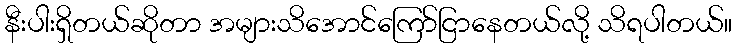
နီးပါးရှိတယ်ဆိုတာ အများသိအောင်ကြော်ငြာနေတယ်လို့ သိရပါတယ်။